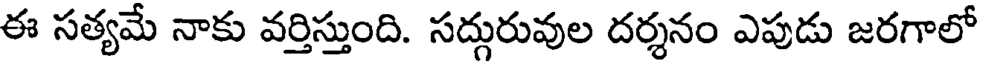
ఈ సత్యమే నాకు వర్తిస్తుంది. సద్గురువుల దర్శనం ఎపుడు జరగాలో